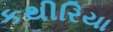
કથીરિયા